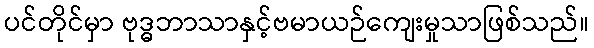
ပင်တိုင်မှာ ဗုဒ္ဓဘာသာနှင့်ဗမာယဉ်ကျေးမှုသာဖြစ်သည်။